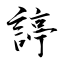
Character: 諪